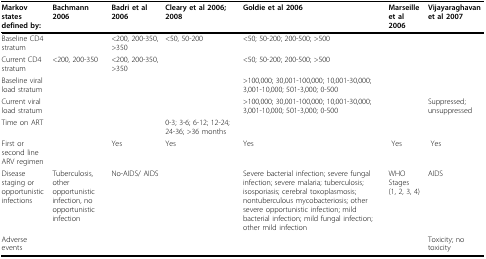
<table><thead><tr><td><b>Markov states defined by:</b></td><td><b>Bachmann 2006</b></td><td><b>Badri et al 2006</b></td><td><b>Cleary et al 2006; 2008</b></td><td><b>Goldie et al 2006</b></td><td><b>Marseille et al 2006</b></td><td><b>Vijayaraghavan et al 2007</b></td></tr></thead><tbody><tr><td>Baseline CD4 stratum</td><td></td><td>&lt;200, 200-350, &gt;350</td><td>&lt;50, 50-200</td><td>&lt;50; 50-200; 200-500; &gt;500</td><td></td><td></td></tr><tr><td>Current CD4 stratum</td><td>&lt;200, 200-350</td><td>&lt;200, 200-350, &gt;350</td><td></td><td>&lt;50; 50-200; 200-500; &gt;500</td><td></td><td></td></tr><tr><td>Baseline viral load stratum</td><td></td><td></td><td></td><td>&gt;100,000; 30,001-100,000; 10,001-30,000; 3,001-10,000; 501-3,000; 0-500</td><td></td><td></td></tr><tr><td>Current viral load stratum</td><td></td><td></td><td></td><td>&gt;100,000; 30,001-100,000; 10,001-30,000; 3,001-10,000; 501-3,000; 0-500</td><td></td><td>Suppressed; unsuppressed</td></tr><tr><td>Time on ART</td><td></td><td></td><td>0-3; 3-6; 6-12; 12-24; 24-36; &gt;36 months</td><td></td><td></td><td></td></tr><tr><td>First or second line ARV regimen</td><td></td><td>Yes</td><td>Yes</td><td>Yes</td><td> Yes</td><td> Yes</td></tr><tr><td>Disease staging or opportunistic infections</td><td>Tuberculosis, other opportunistic infection, no opportunistic infection</td><td>No-AIDS/ AIDS</td><td></td><td>Severe bacterial infection; severe fungal infection; severe malaria; tuberculosis; isosporiasis; cerebral toxoplasmosis; nontuberculous mycobacteriosis; other severe opportunistic infection; mild bacterial infection; mild fungal infection; other mild infection</td><td>WHO Stages (1, 2, 3, 4)</td><td>AIDS</td></tr><tr><td>Adverse events</td><td></td><td></td><td></td><td></td><td></td><td>Toxicity; no toxicity</td></tr></tbody></table>